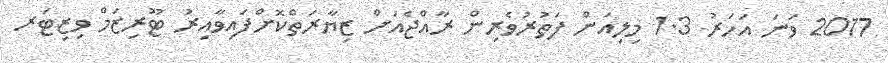
2017 ވަނަ އަހަރު 1.3 މިލިއަން ފަތުރުވެރިން ރާއްޖެއަށް ޒިޔާރަތްކޮށްފައިވާއިރު ޓޫރިޒަމް ވިޒިޓަރ